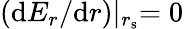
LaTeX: (\mathrm{d}E_{r}/\mathrm{d}r)\lvert_{r_{\mathrm{s}}}=0